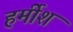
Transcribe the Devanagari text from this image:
हर्मीश